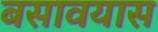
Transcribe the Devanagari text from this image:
बसावयास